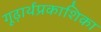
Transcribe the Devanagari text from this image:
गूढ़ार्थप्रकाशिका